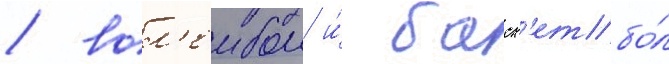
/ вол'еибол и́ баск'етбо́л